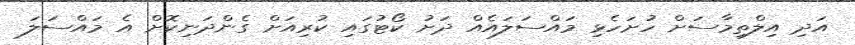
އަދި އިލްތިމާސަށް ހުށަހެޅި މައްސަލައެއް ދަށު ކޯޓުގައި ކުރިއަށް ގެންދަނިކޮށް އެ މައްސަލަ